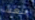
اللعبة